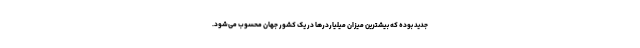
جدید بوده که بیشترین میزان میلیاردرها در یک کشور جهان محسوب می‌شود.